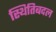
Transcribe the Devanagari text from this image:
स्थितिबदल